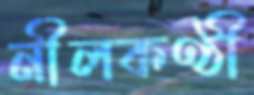
নীলকণ্ঠী